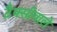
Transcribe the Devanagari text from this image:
टैक्सीवाले